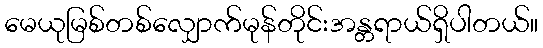
မေယုမြစ်တစ်လျှောက်မုန်တိုင်းအန္တရာယ်ရှိပါတယ်။